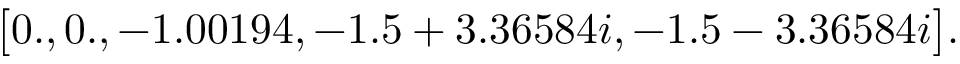
\big [ 0 . , 0 . , - 1 . 0 0 1 9 4 , - 1 . 5 + 3 . 3 6 5 8 4 i , - 1 . 5 - 3 . 3 6 5 8 4 i \big ] .